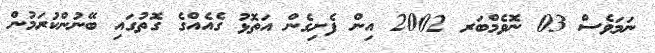
ނަމަވެސް 03 ނޮވެމްބަރ 2002 އިން ފެށިގެން އަތޮޅު ގެއެއްގެ ގޮތުގައި ބޭނުންކުރަމުން